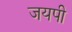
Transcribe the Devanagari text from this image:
जयपी